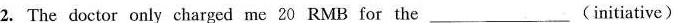
2.The doctor only charged me 20 RMB for the ___ (initiative)